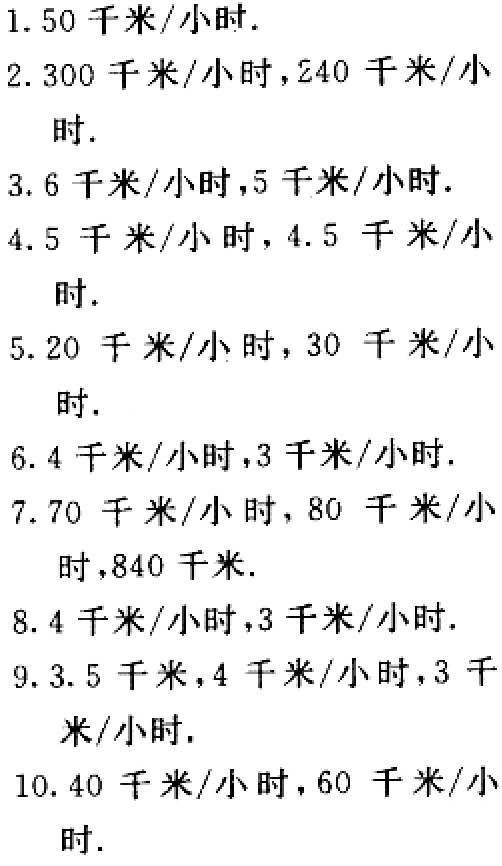
1. \(50\)千米/小时.

2. \(300\)千米/小时，\(240\)千米/小时.

3. \(6\)千米/小时，\(5\)千米/小时.

4. \(5\)千米/小时，\(4.5\)千米/小时.

5. \(20\)千米/小时，\(30\)千米/小时.

6. \(4\)千米/小时，\(3\)千米/小时.

7. \(70\)千米/小时，\(80\)千米/小时，\(840\)千米.

8. \(4\)千米/小时，\(3\)千米/小时.

9. \(3.5\)千米，\(4\)千米/小时，\(3\)千米/小时.

10. \(40\)千米/小时，\(60\)千米/小时.